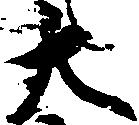
大